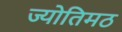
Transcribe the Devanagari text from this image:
ज्योतिमठ